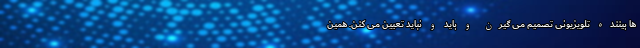
ها بیننده تلویزیونی تصمیم می گیرن و باید و نباید تعیین می کنن. همین